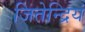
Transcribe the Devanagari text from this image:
जितेन्द्रियं